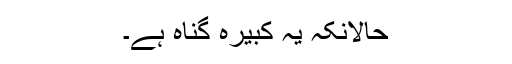
حالانکہ یہ کبیرہ گناہ ہے۔